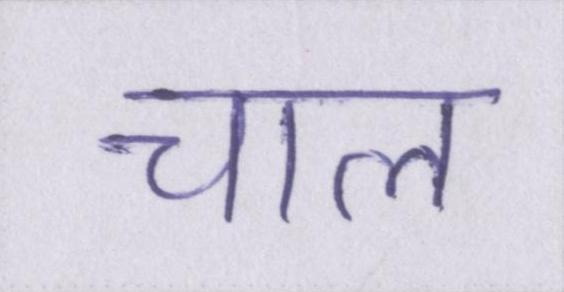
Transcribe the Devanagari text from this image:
चाल